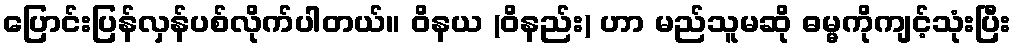
ပြောင်းပြန်လှန်ပစ်လိုက်ပါတယ်။ ဝိနယ (ဝိနည်း) ဟာ မည်သူမဆို ဓမ္မကိုကျင့်သုံးပြီး